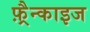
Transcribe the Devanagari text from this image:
फ़्रैन्काइज